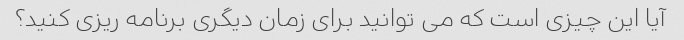
آیا این چیزی است که می توانید برای زمان دیگری برنامه ریزی کنید؟